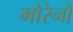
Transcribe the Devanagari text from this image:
मोरेनों